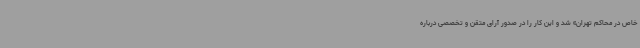
خاص در محاکم تهران» شد و این کار را در صدور آرای متقن و تخصصی درباره